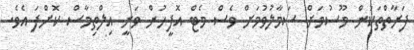
ފަރާތްތަކުން މޫސުމަށް ސަމާލުވުމަށް ވެސް މެޓް އޮފީހުން ވަނީ އިލްތިމާސް ކޮށްފަ އެވެ.